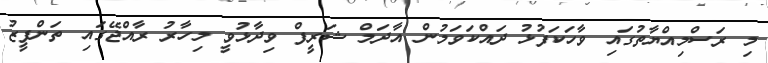
މި ރަސްމިއްޔާތުގައި ވާހަކަފުޅު ދައްކަވަމުން އާދަމް ޝަރީފް ވިދާޅުވީ މިހާރު ރާއްޖޭގައި ތަންފީޒު